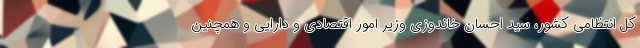
کل انتظامی کشور، سید احسان خاندوزی وزیر امور اقتصادی و دارایی و همچنین